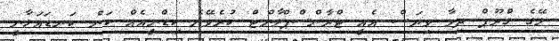
ލޭގެ ގްރޫޕް ދިމާ ވިޔަސް އެއީ ޓްރާންސްޕްލާންޓް ކުރެވޭނެ ކިޑްނީއެއް ކަން ކަނޑައަޅާނީ